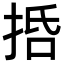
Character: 𢬸